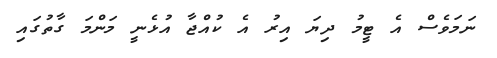
ނަމަވެސް އެ ޓީމު ދިޔަ އިރު އެ ކުއްޖާ އުޅެނީ މަންމަ ގާތުގައި